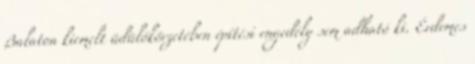
Balaton kiemelt üdülőkörzetében építési engedély sem adható ki. Érdemes